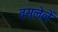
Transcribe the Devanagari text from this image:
वसलेलें